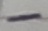
Text: -